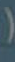
(